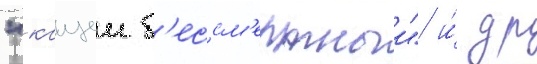
"кащеи б'ессм'ертныи" и́ др